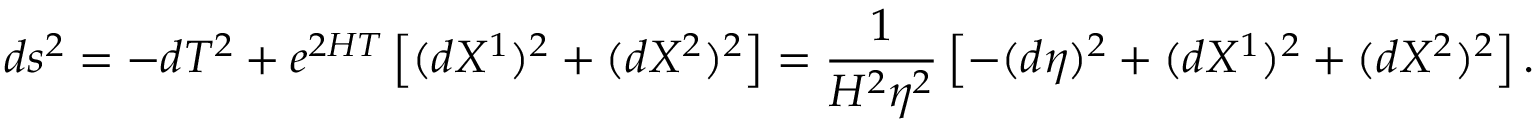
d s ^ { 2 } = - d T ^ { 2 } + e ^ { 2 H T } \left[ ( d X ^ { 1 } ) ^ { 2 } + ( d X ^ { 2 } ) ^ { 2 } \right] = \frac { 1 } { H ^ { 2 } \eta ^ { 2 } } \left[ - ( d \eta ) ^ { 2 } + ( d X ^ { 1 } ) ^ { 2 } + ( d X ^ { 2 } ) ^ { 2 } \right] .